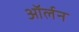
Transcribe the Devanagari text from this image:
ऑर्लन